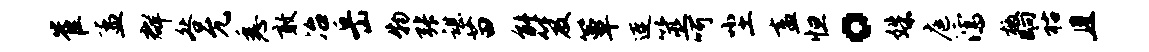
崔孟群咎允悉敢冶岳物张谌苗能笈簟连筮呵尘盍怛。姝庭濡檄晌祜且